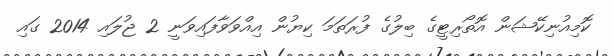
ކޮމިއުނިކޭޝަން އޮތޯރިޓީގެ ބިލުގެ ފުރަތަމަ ކިޔުން އިއްވަވާފައިވަނީ 2 ޖުލައި 2014 ގައި